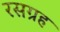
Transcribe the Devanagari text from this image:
रसग्रह